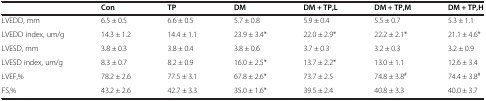
<table><thead><tr><td><b> </b></td><td><b>Con</b></td><td><b>TP</b></td><td><b>DM</b></td><td><b>DM + TP,L</b></td><td><b>DM + TP,M</b></td><td><b>DM + TP,H</b></td></tr></thead><tbody><tr><td>LVEDD, mm</td><td>6.5 ± 0.5</td><td>6.6 ± 0.5</td><td>5.7 ± 0.8</td><td>5.9 ± 0.4</td><td>5.5 ± 0.7</td><td>5.3 ± 1.1</td></tr><tr><td>LVEDD index, um/g</td><td>14.3 ± 1.2</td><td>14.4 ± 1.1</td><td>23.9 ± 3.4*</td><td>22.0 ± 2.9*</td><td>22.2 ± 2.1*</td><td>21.1 ± 4.6*</td></tr><tr><td>LVESD, mm</td><td>3.8 ± 0.3</td><td>3.8 ± 0.4</td><td>3.8 ± 0.6</td><td>3.7 ± 0.3</td><td>3.2 ± 0.3</td><td>3.2 ± 0.9</td></tr><tr><td>LVESD index, um/g</td><td>8.3 ± 0.7</td><td>8.2 ± 0.9</td><td>16.0 ± 2.5*</td><td>13.7 ± 2.2*</td><td>13.0 ± 1.1</td><td>12.6 ± 3.4</td></tr><tr><td>LVEF,%</td><td>78.2 ± 2.6</td><td>77.5 ± 3.1</td><td>67.8 ± 2.6*</td><td>73.7 ± 2.5</td><td>74.8 ± 3.8<sup>#</sup></td><td>74.4 ± 3.8<sup>#</sup></td></tr><tr><td>FS,%</td><td>43.2 ± 2.6</td><td>42.7 ± 3.3</td><td>35.0 ± 1.6*</td><td>39.5 ± 2.4</td><td>40.8 ± 3.3</td><td>40.0 ± 3.7</td></tr></tbody></table>